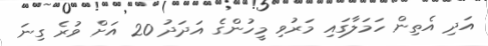
އަދި އެތިން ހަމަލާގައި މަރުވި މީހުންގެ އަދަދު 20 އަށް ވުރެ ގިނަ